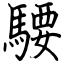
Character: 騕